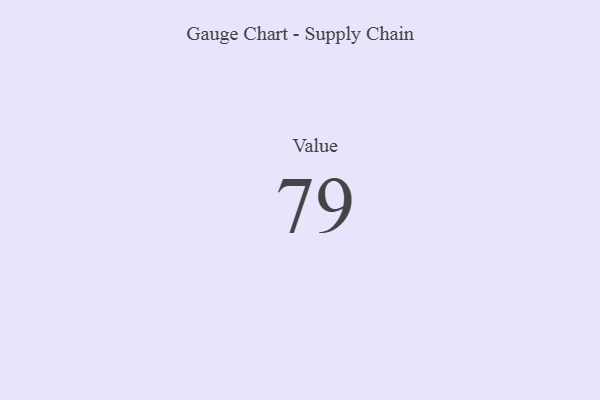
{"axis": {"x": "Metric", "y": "Value"}, "legend": [""], "data": [{"x": "Value", "y": 79, "type": ""}]}